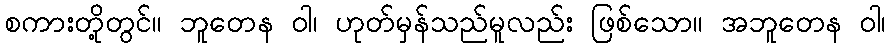
စကားတို့တွင်။ ဘူတေန ဝါ၊ ဟုတ်မှန်သည်မူလည်း ဖြစ်သော။ အဘူတေန ဝါ၊